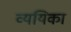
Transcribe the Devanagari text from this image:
व्ययिका